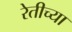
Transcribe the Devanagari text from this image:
रेतीच्या